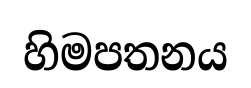
හිමපතනය